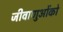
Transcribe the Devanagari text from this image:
जीवाणुओंको